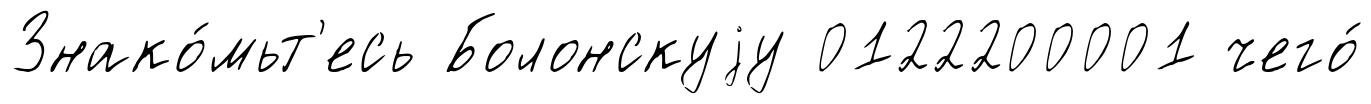
Знако́мьт'есь Болонскуjу 0122200001 чего́